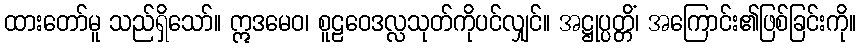
ထားတော်မူ သည်ရှိသော်။ ဣဒမေဝ၊ စူဠဝေဒလ္လသုတ်ကိုပင်လျှင်။ အဋ္ဌုပ္ပတ္တိံ၊ အကြောင်း၏ဖြစ်ခြင်းကို။